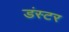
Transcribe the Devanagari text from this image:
डंस्टर